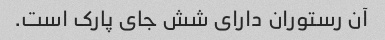
آن رستوران دارای شش جای پارک است.